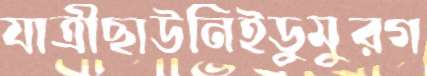
যাত্রীছাউনিইডুমুরগ